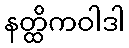
နတ္ထိကဝါဒါ